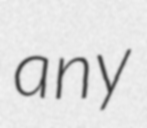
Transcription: any